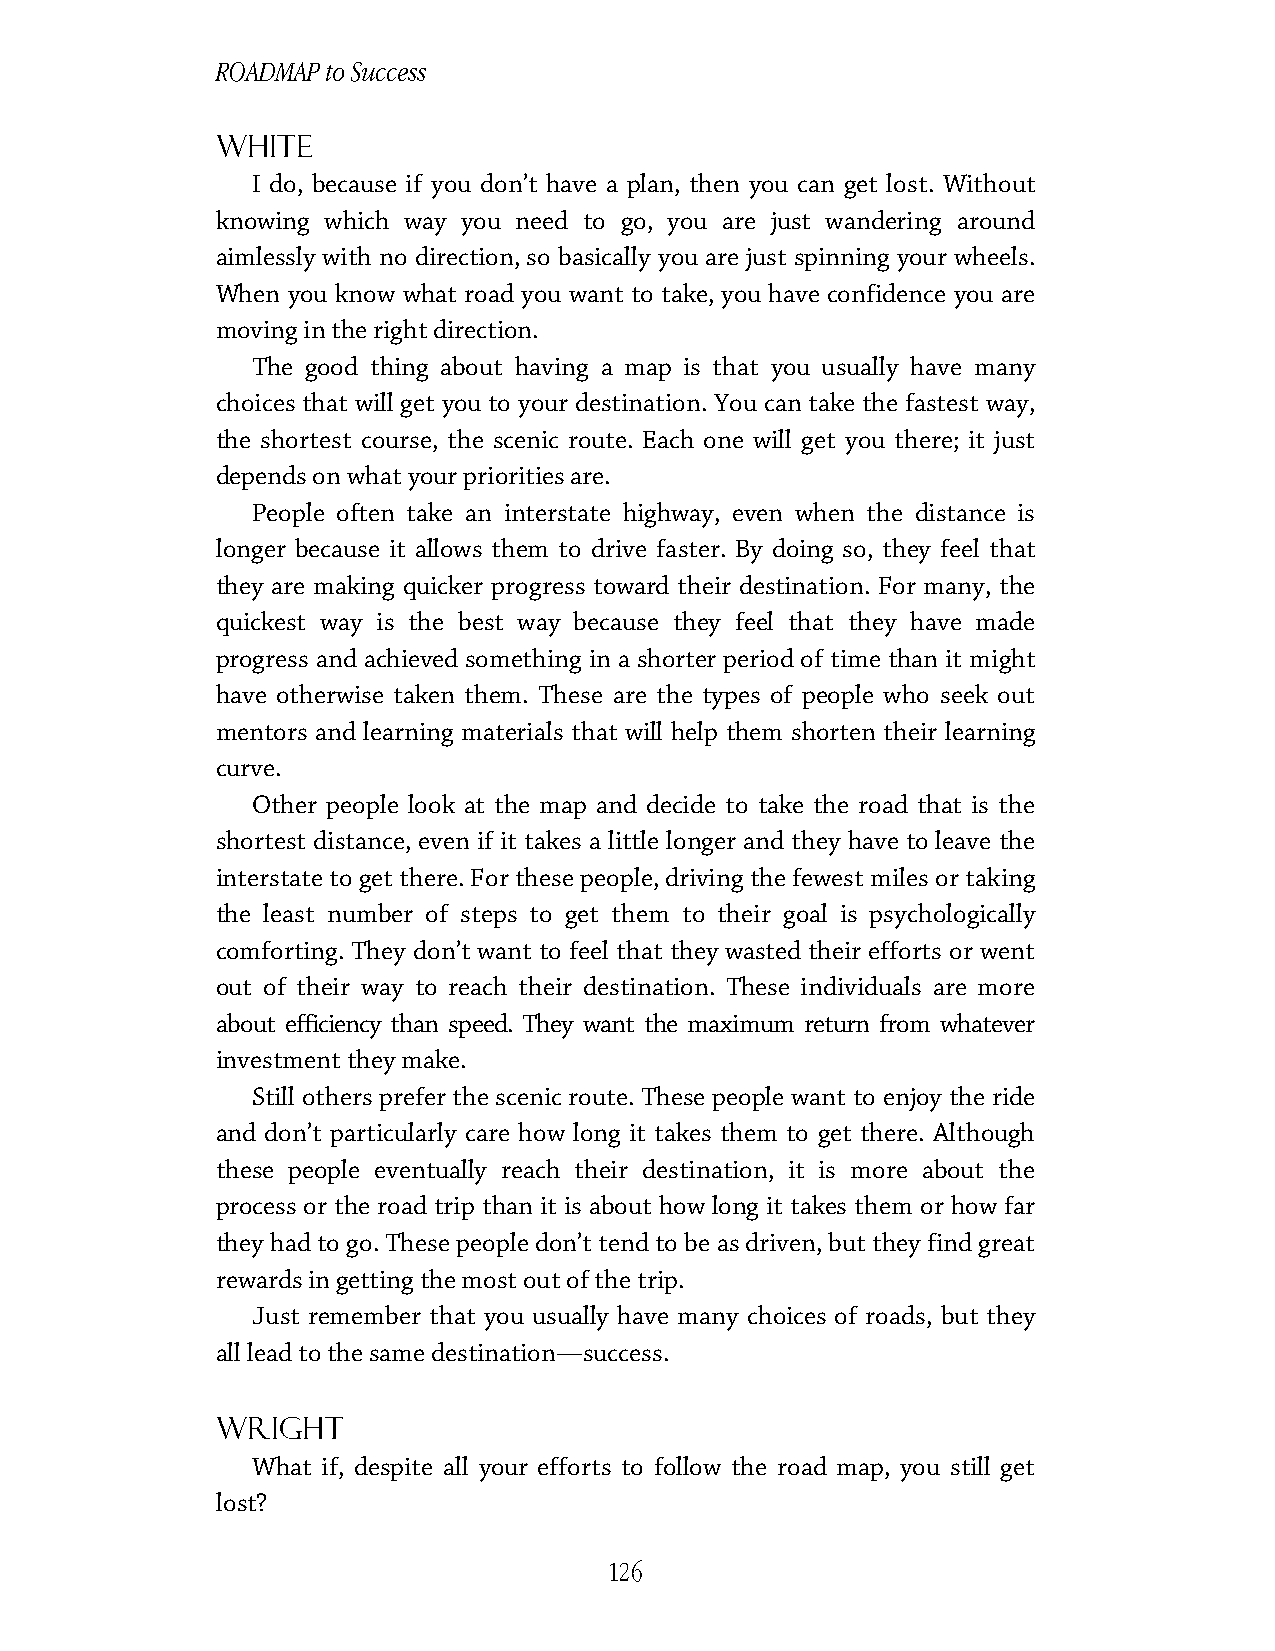
ROADMAP to Success
 white
 I do, because if you don’t have a plan, then you can get lost. Without
 knowing which way you need to go, you are just wandering around
 aimlessly with no direction, so basically you are just spinning your wheels.
 When you know what road you want to take, you have confidence you are
 moving in the right direction.
 The good thing about having a map is that you usually have many
 choices that will get you to your destination. You can take the fastest way,
 the shortest course, the scenic route. Each one will get you there; it just
 depends on what your priorities are.
 People often take an interstate highway, even when the distance is
 longer because it allows them to drive faster. By doing so, they feel that
 they are making quicker progress toward their destination. For many, the
 quickest way is the best way because they feel that they have made
 progress and achieved something in a shorter period of time than it might
 have otherwise taken them. These are the types of people who seek out
 mentors and learning materials that will help them shorten their learning
 curve.
 Other people look at the map and decide to take the road that is the
 shortest distance, even if it takes a little longer and they have to leave the
 interstate to get there. For these people, driving the fewest miles or taking
 the least number of steps to get them to their goal is psychologically
 comforting. They don’t want to feel that they wasted their efforts or went
 out of their way to reach their destination. These individuals are more
 about efficiency than speed. They want the maximum return from whatever
 investment they make.
 Still others prefer the scenic route. These people want to enjoy the ride
 and don’t particularly care how long it takes them to get there. Although
 these people eventually reach their destination, it is more about the
 process or the road trip than it is about how long it takes them or how far
 they had to go. These people don’t tend to be as driven, but they find great
 rewards in getting the most out of the trip.
 Just remember that you usually have many choices of roads, but they
 all lead to the same destination—success.
 Wright
 What if, despite all your efforts to follow the road map, you still get
 lost?
 126